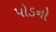
પોડનો